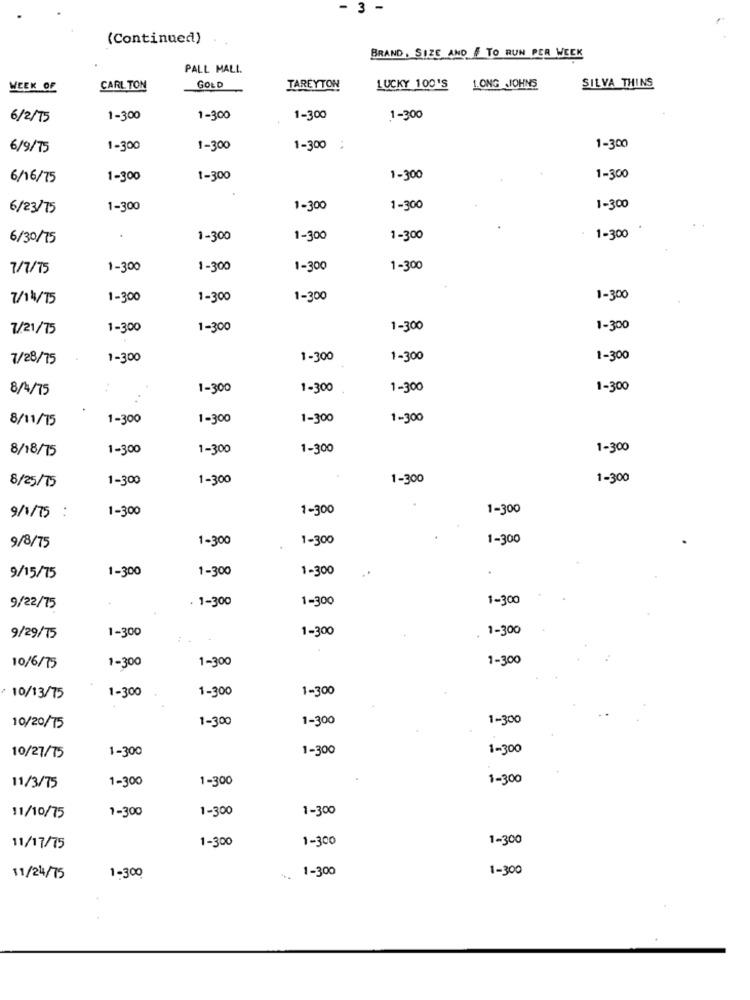
- 3 -
(Continued)
BRAND, SIZE AND # TO RUN PER WEEK
PALL MALL.
WEEK OF
CARL TON
GOLD
TAREYTON
LUCKY 100'S
1.ONG JOHNS
SILVA THINS
6/2/15
1-300
1-300
1-300
1-300
6/9/75
1-300
1-300
1-300 :
1-300
6/16/75
1-300
1-300
1-300
1-300
6/23/75
1-300
1-300
1-300
1-300
6/30/75
1-300
1-300
1-300
1-300
7/7/75
1-300
1-300
1-300
1-300
7/14/15
1-300
1-300
1-300
1-300
7/21/75
1-300
1-300
1-300
1-300
7/28/75
1-300
1-300
1-300
1-300
8/4/75
1-300
1-300
1-300
1-300
8/11/15
1-300
1-300
1-300
1-300
8/18/75
1-300
1-300
1-300
1-300
8/25/75
1-300
1-300
1-300
1-300
1-300
1-300
1-300
9/1/75 :
1-300
1-300
1-300
9/8/75
1-300
1-300
1-300
.
9/15/75
1-300
1-300
1-300
9/22/75
1-300
1-300
1-300
9/29/75
1-300
1-300
1-300
10/6/75
1-300
1-300
1-300
10/13/75
1-300
1-300
1-300
10/20/75
1-300
1-300
1-300
10/27/75
1-300
1-300
1-300
11/3/75
1-300
1-300
1-300
11/10/75
1-300
1-300
1-300
11/17/75
1-300
1-300
1-300
11/24/75